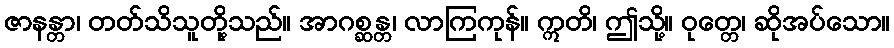
ဇာနန္တာ၊ တတ်သိသူတို့သည်။ အာဂစ္ဆန္တ၊ လာကြကုန်။ ဣတိ၊ ဤသို့။ ဝုတ္တေ၊ ဆိုအပ်သော။